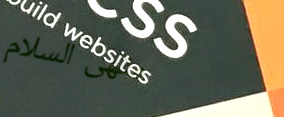
مقهى السلام